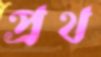
প্রথ